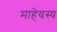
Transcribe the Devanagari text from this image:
माहेयस्य